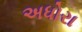
અધોરા